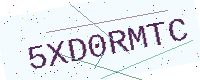
Text: 5XD0RMTC